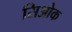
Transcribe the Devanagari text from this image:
सिओक